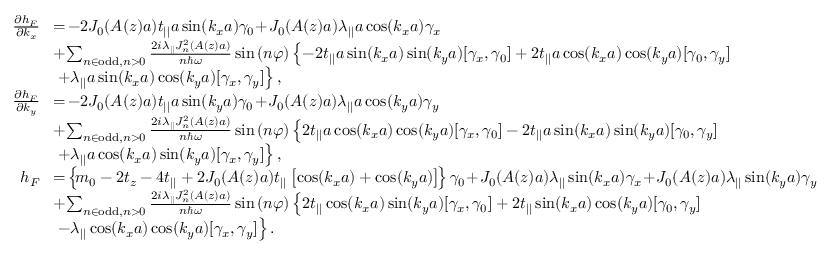
\begin{array} { r l } { \frac { \partial h _ { F } } { \partial k _ { x } } } & { \! = \! - 2 { \cal J } _ { 0 } ( A ( z ) a ) t _ { | | } a \sin ( k _ { x } a ) \gamma _ { 0 } \! + \! { \cal J } _ { 0 } ( A ( z ) a ) \lambda _ { | | } a \cos ( k _ { x } a ) \gamma _ { x } } \\ & { \! + \! \sum _ { n \in \mathrm { o d d } , n > 0 } \frac { 2 i \lambda _ { | | } { \cal J } _ { n } ^ { 2 } ( A ( z ) a ) } { n \hbar \omega } \sin \left( n \varphi \right) \left\{ - 2 t _ { | | } a \sin ( k _ { x } a ) \sin ( k _ { y } a ) [ \gamma _ { x } , \gamma _ { 0 } ] + 2 t _ { | | } a \cos ( k _ { x } a ) \cos ( k _ { y } a ) [ \gamma _ { 0 } , \gamma _ { y } ] \right. } \\ & { \left. + \lambda _ { | | } a \sin ( k _ { x } a ) \cos ( k _ { y } a ) [ \gamma _ { x } , \gamma _ { y } ] \right\} , } \\ { \frac { \partial h _ { F } } { \partial k _ { y } } } & { \! = \! - 2 { \cal J } _ { 0 } ( A ( z ) a ) t _ { | | } a \sin ( k _ { y } a ) \gamma _ { 0 } \! + \! { \cal J } _ { 0 } ( A ( z ) a ) \lambda _ { | | } a \cos ( k _ { y } a ) \gamma _ { y } } \\ & { \! + \! \sum _ { n \in \mathrm { o d d } , n > 0 } \frac { 2 i \lambda _ { | | } { \cal J } _ { n } ^ { 2 } ( A ( z ) a ) } { n \hbar \omega } \sin \left( n \varphi \right) \left\{ 2 t _ { | | } a \cos ( k _ { x } a ) \cos ( k _ { y } a ) [ \gamma _ { x } , \gamma _ { 0 } ] - 2 t _ { | | } a \sin ( k _ { x } a ) \sin ( k _ { y } a ) [ \gamma _ { 0 } , \gamma _ { y } ] \right. } \\ & { \left. + \lambda _ { | | } a \cos ( k _ { x } a ) \sin ( k _ { y } a ) [ \gamma _ { x } , \gamma _ { y } ] \right\} , } \\ { h _ { F } } & { \! = \! \left\{ \! m _ { 0 } - 2 t _ { z } - 4 t _ { | | } + 2 { \cal J } _ { 0 } ( A ( z ) a ) t _ { | | } \left[ \cos ( k _ { x } a ) + \cos ( k _ { y } a ) \right] \! \right\} \gamma _ { 0 } \! + \! { \cal J } _ { 0 } ( A ( z ) a ) \lambda _ { | | } \sin ( k _ { x } a ) \gamma _ { x } \! + \! { \cal J } _ { 0 } ( A ( z ) a ) \lambda _ { | | } \sin ( k _ { y } a ) \gamma _ { y } } \\ & { \! + \! \sum _ { n \in \mathrm { o d d } , n > 0 } \frac { 2 i \lambda _ { | | } { \cal J } _ { n } ^ { 2 } ( A ( z ) a ) } { n \hbar \omega } \sin \left( n \varphi \right) \left\{ 2 t _ { | | } \cos ( k _ { x } a ) \sin ( k _ { y } a ) [ \gamma _ { x } , \gamma _ { 0 } ] + 2 t _ { | | } \sin ( k _ { x } a ) \cos ( k _ { y } a ) [ \gamma _ { 0 } , \gamma _ { y } ] \right. } \\ & { \left. - \lambda _ { | | } \cos ( k _ { x } a ) \cos ( k _ { y } a ) [ \gamma _ { x } , \gamma _ { y } ] \right\} . } \end{array}